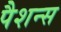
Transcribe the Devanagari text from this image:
पैशन्स